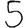
Digit: 5